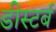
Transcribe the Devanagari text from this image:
डीस्टर्ब